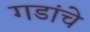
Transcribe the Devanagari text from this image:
गडांचे